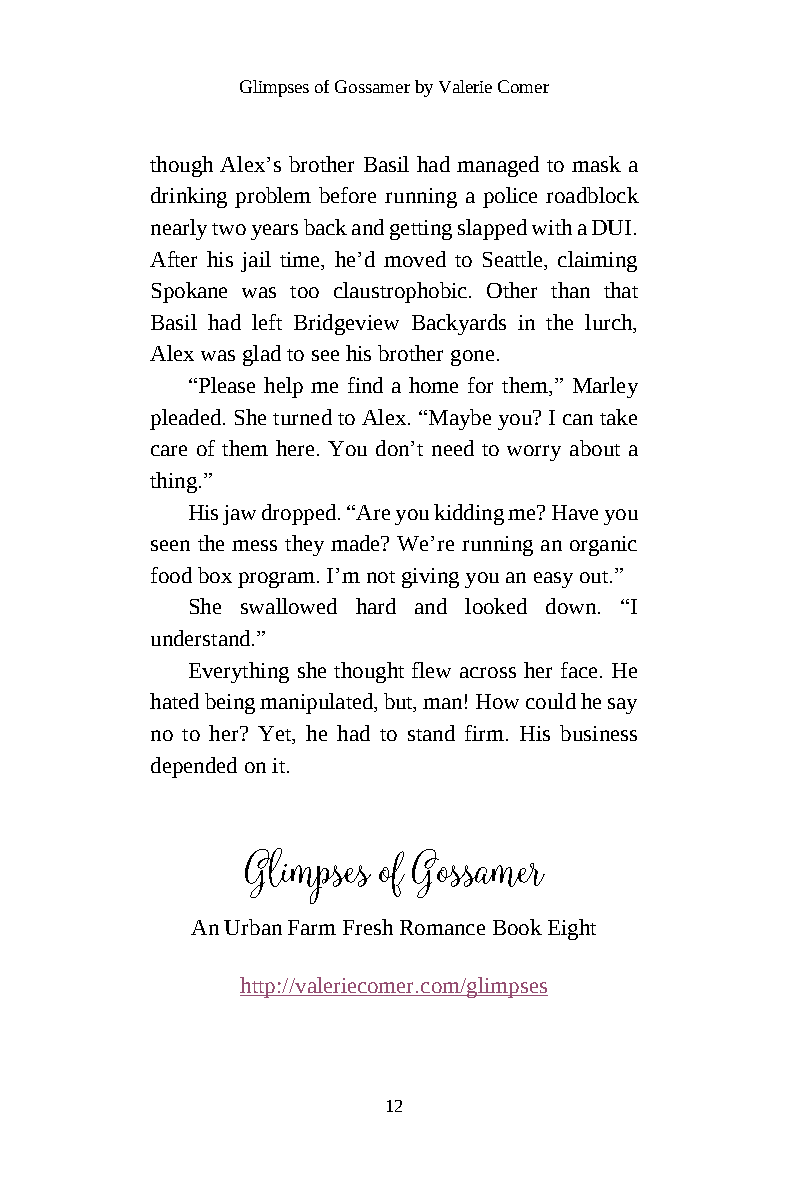
Glimpses of Gossamer by Valerie Comer
 though Alex’s brother Basil had managed to mask a
 drinking problem before running a police roadblock
 nearly two years back and getting slapped with a DUI.
 After his jail time, he’d moved to Seattle, claiming
 Spokane was too claustrophobic. Other than that
 Basil had left Bridgeview Backyards in the lurch,
 Alex was glad to see his brother gone.
 “Please help me find a home for them,” Marley
 pleaded. She turned to Alex. “Maybe you? I can take
 care of them here. You don’t need to worry about a
 thing.”
 His jaw dropped. “Are you kidding me? Have you
 seen the mess they made? We’re running an organic
 food box program. I’m not giving you an easy out.”
 She swallowed hard and looked down. “I
 understand.”
 Everything she thought flew across her face. He
 hated being manipulated, but, man! How could he say
 no to her? Yet, he had to stand firm. His business
 depended on it.
 Glimpses of Gossamer
 An Urban Farm Fresh Romance Book Eight
 http://valeriecomer.com/glimpses
 12